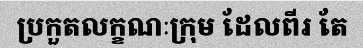
ប្រកួតលក្ខណៈក្រុម ដែលពីរ តែ